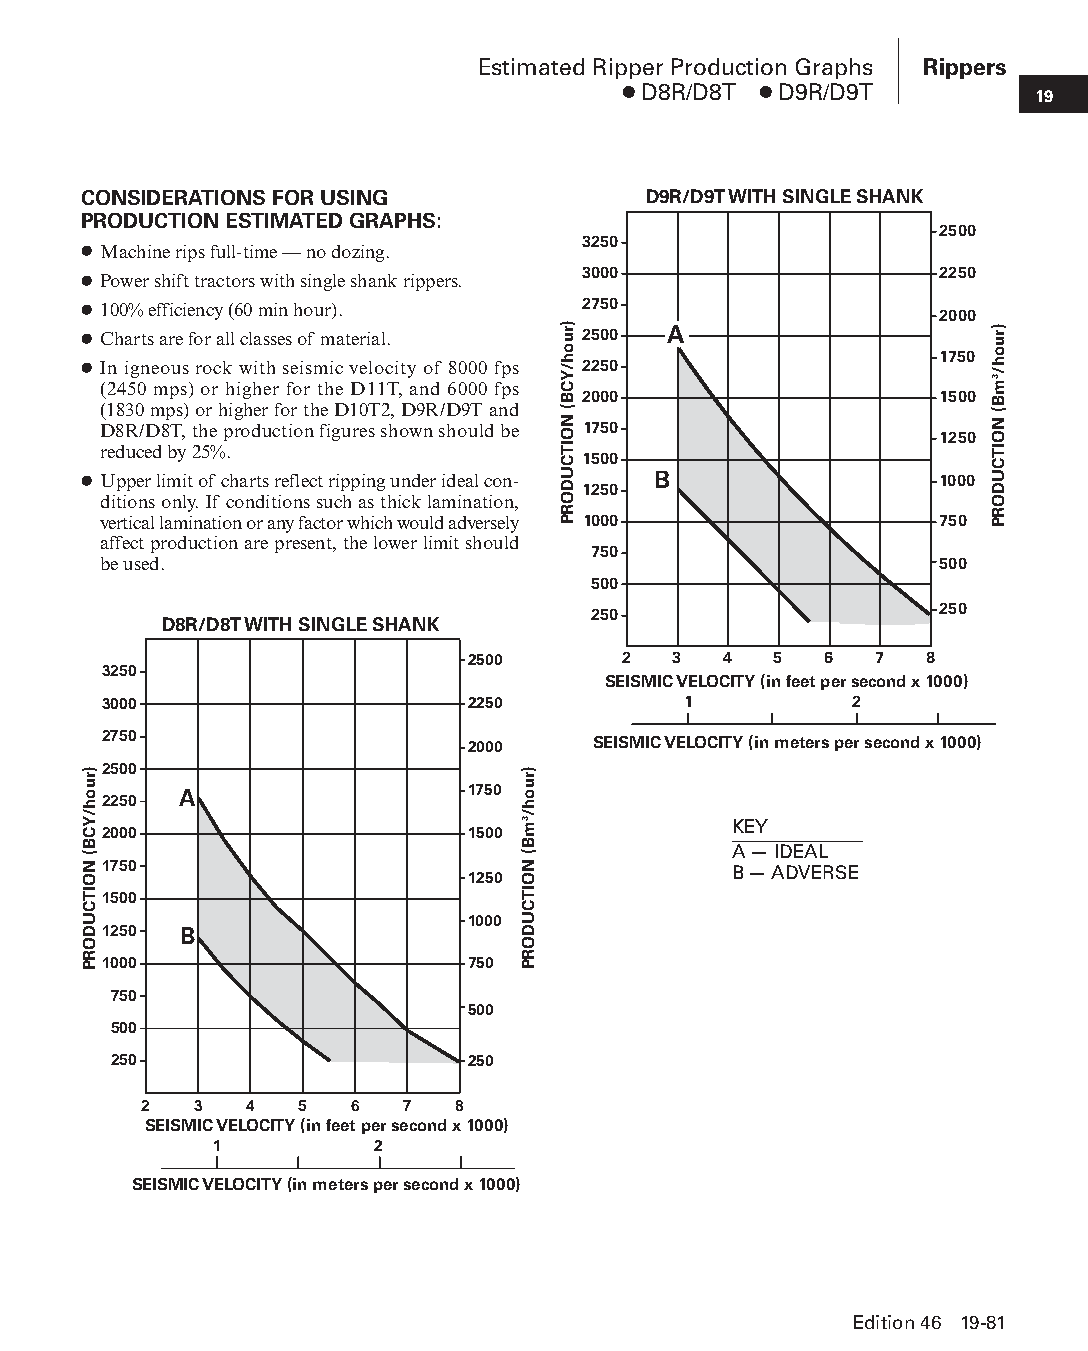
Estimated Ripper Production Graphs Rippers
 ● D8R/D8T ● D9R/D9T        19
 CONSIDERATIONS FOR USING             D9R/D9T WITH SINGLE SHANK
 PRODUCTION ESTIMATED GRAPHS:
 2500
 3250
 ● Machine rips full-time — no dozing.
 3000                    2250
 ● Power shift tractors with single shank rippers.
 ● 100% efficiency (60 min hour). 2750                    2000
 ● Charts are for all classes of material. 2500 A
 1750
 ● In igneous rock with seismic velocity of 8000 fps 2250
 (2450 mps) or higher for the D11T, and 6000 fps
 2000                    1500
 (1830 mps) or higher for the D10T2, D9R/D9T and
 D8R/D8T, the production figures shown should be 1750
 1250
 reduced by 25%.
 1500
 ● Upper limit of charts reflect ripping under ideal con- B 1000
 1250
 di tions only. If conditions such as thick lamination,
 vertical lamination or any factor which would adversely 1000 750
 affect production are present, the lower limit should
 750
 be used.                                                500
 500
 250                    250
 D8R/D8T WITH SINGLE SHANK
 2500       2  3  4   5  6  7   8
 3250
 SEISMIC VELOCITY (in feet per second x 1000)
 3000                    2250           1          2
 2750                    2000     SEISMIC VELOCITY (in meters per second x 1000)
 2500
 A                  1750
 2250
 KEY
 2000                    1500
 A — IDEAL
 1750                                      B — ADVERSE
 1250
 1500
 1000
 1250 B
 1000                    750
 750
 500
 500
 250                    250
 2  3   4  5   6  7   8
 SEISMIC VELOCITY (in feet per second x 1000)
 1          2
 SEISMIC VELOCITY (in meters per second x 1000)
 Edition 46 19-81
 PPHHBB--SSeecc1199--TTTTTT--44--RRiippppeerrss((ppgg5599--8822))..iinndddd 8811 1122//44//1155 1111::0000 AAMM
 )ruoh/YCB(
 NOITCUDORP
 )ruoh/3mB(
 NOITCUDORP
 )ruoh/YCB(
 NOITCUDORP
 )ruoh/3mB(
 NOITCUDORP